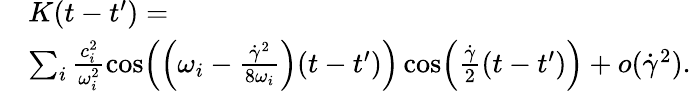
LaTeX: \begin{array}{rl}&{K(t-t^{\prime})=}\\ &{\sum_{i}\frac{c_{i}^{2}}{\omega_{i}^{2}}\cos\Bigl(\Bigl(\omega_{i}-\frac{\dot{\gamma}^{2}}{8\omega_{i}}\Bigr)(t-t^{\prime})\Bigr)\cos\Bigl(\frac{\dot{\gamma}}{2}(t-t^{\prime})\Bigr)+o(\dot{\gamma}^{2}).}\end{array}